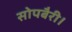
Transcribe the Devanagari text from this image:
सोपबैरी।